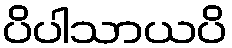
ပိပါသာယပိ